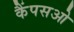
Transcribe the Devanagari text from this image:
कैंपसओ